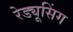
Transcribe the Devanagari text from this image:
रेड्यूसिंग